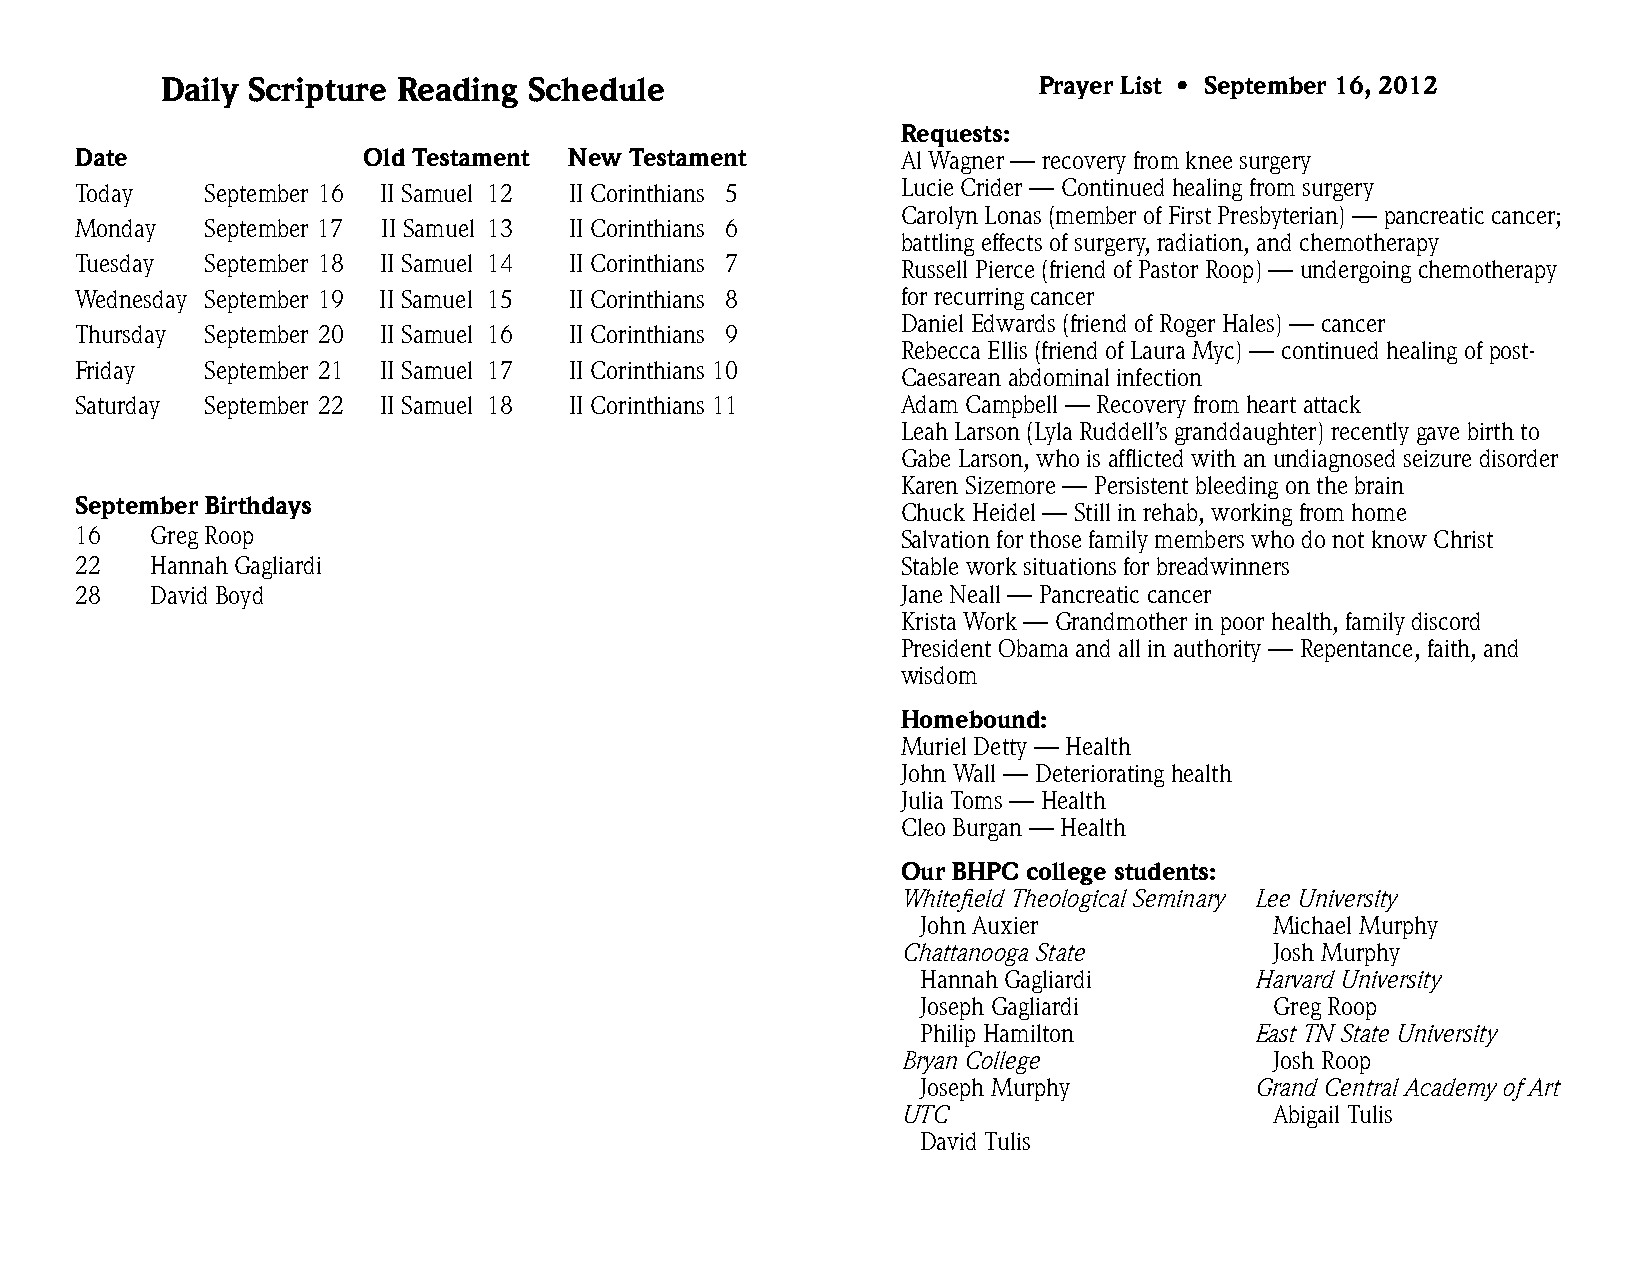
Daily Scripture Reading Schedule                          Prayer List • September 16, 2012
 Requests:
 Date               Old Testament New Testament         Al Wagner — recovery from knee surgery
 Today    September 16 II Samuel 12 II Corinthians 5    Lucie Crider — Continued healing from surgery
 Carolyn Lonas (member of First Presbyterian) — pancreatic cancer;
 Monday   September 17 II Samuel 13 II Corinthians 6
 battling effects of surgery, radiation, and chemotherapy
 Tuesday  September 18 II Samuel 14 II Corinthians 7    Russell Pierce (friend of Pastor Roop) — undergoing chemotherapy
 Wednesday September 19 II Samuel 15 II Corinthians 8   for recurring cancer
 Daniel Edwards (friend of Roger Hales) — cancer
 Thursday September 20 II Samuel 16 II Corinthians 9
 Rebecca Ellis (friend of Laura Myc) — continued healing of post-
 Friday   September 21 II Samuel 17 II Corinthians 10
 Caesarean abdominal infection
 Saturday September 22 II Samuel 18 II Corinthians 11   Adam Campbell — Recovery from heart attack
 Leah Larson (Lyla Ruddell’s granddaughter) recently gave birth to
 Gabe Larson, who is afflicted with an undiagnosed seizure disorder
 Karen Sizemore — Persistent bleeding on the brain
 September Birthdays                                    Chuck Heidel — Still in rehab, working from home
 16   Greg Roop                                         Salvation for those family members who do not know Christ
 22   Hannah Gagliardi                                  Stable work situations for breadwinners
 28   David Boyd                                        Jane Neall — Pancreatic cancer
 Krista Work — Grandmother in poor health, family discord
 President Obama and all in authority — Repentance, faith, and
 wisdom
 Homebound:
 Muriel Detty — Health
 John Wall — Deteriorating health
 Julia Toms — Health
 Cleo Burgan — Health
 Our BHPC college students:
 Whitefield Theological Seminary Lee University
 John Auxier            Michael Murphy
 Chattanooga State       Josh Murphy
 Hannah Gagliardi      Harvard University
 Joseph Gagliardi       Greg Roop
 Philip Hamilton       East TN State University
 Bryan College           Josh Roop
 Joseph Murphy         Grand Central Academy of Art
 UTC                     Abigail Tulis
 David Tulis